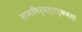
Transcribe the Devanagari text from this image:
सामभिर्यत्तत्कवयो